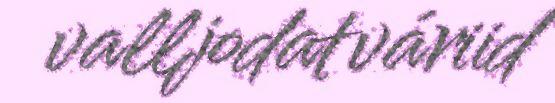
valljodatváriid